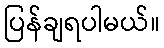
ပြန်ချရပါမယ်။